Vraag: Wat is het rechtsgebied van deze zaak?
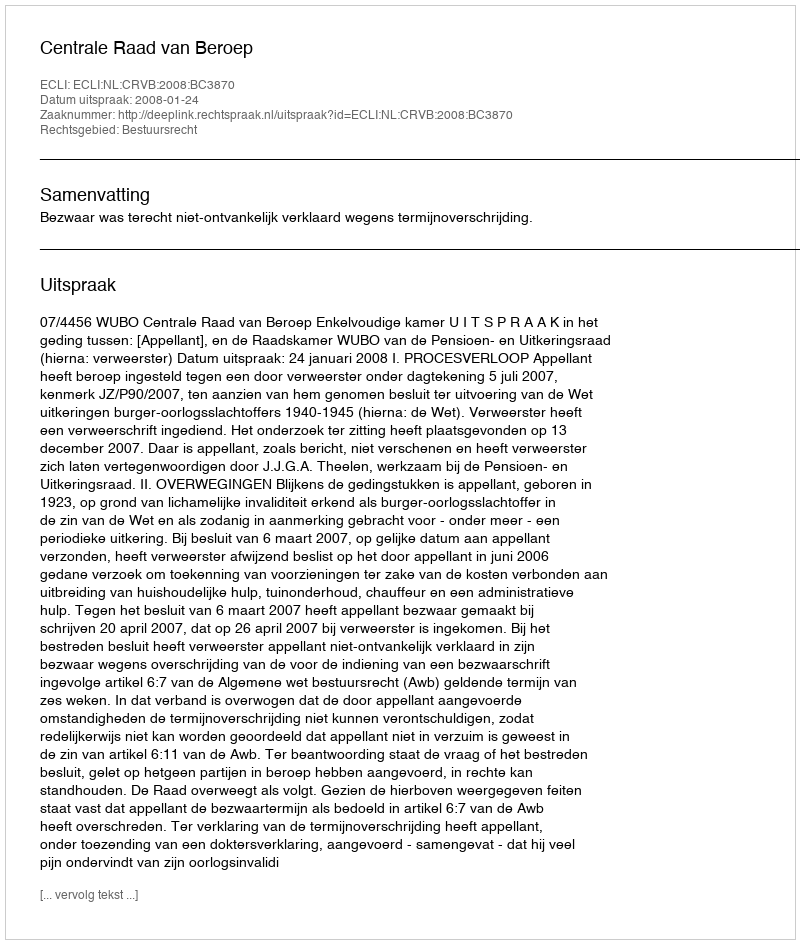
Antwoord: Bestuursrecht